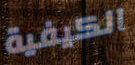
الكيفية